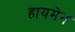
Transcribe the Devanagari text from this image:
हायमेन